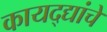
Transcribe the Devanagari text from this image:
कायद्द्यांचे